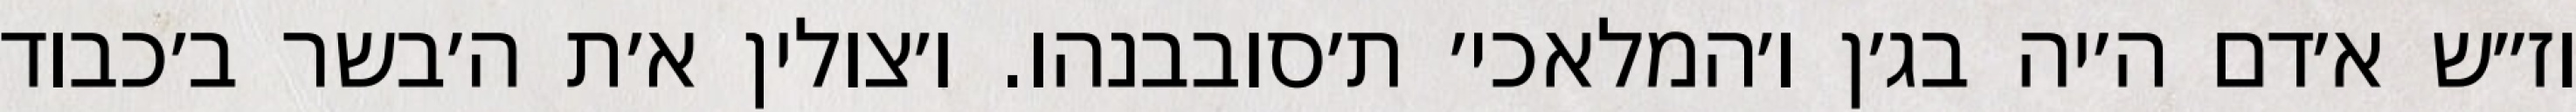
וז״ש א׳דם ה׳יה בג׳ן ו׳המלאכי׳ ת׳סובבנהו. ו׳צולין א׳ת ה׳בשר ב׳כבוד